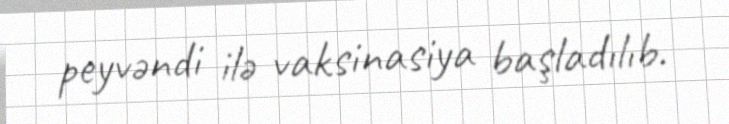
peyvəndi ilə vaksinasiya başladılıb.